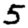
Digit: 5